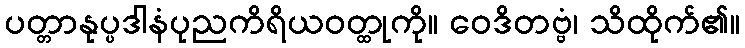
ပတ္တာနုပ္ပဒါနံပုညကိရိယဝတ္ထုကို။ ဝေဒိတဗ္ဗံ၊ သိထိုက်၏။